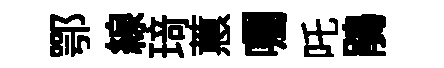
鄂線𤦺蕙囑吒鵑